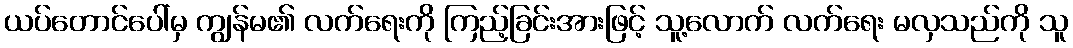
ယပ်တောင်ပေါ်မှ ကျွန်မ၏ လက်ရေးကို ကြည့်ခြင်းအားဖြင့် သူ့လောက် လက်ရေး မလှသည်ကို သူ